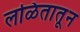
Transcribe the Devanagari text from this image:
लळितातून